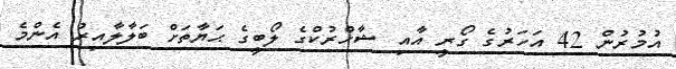
އުމުރުން 42 އަހަރުގެ ގޯރީ އާއި ޝާހްރުކްގެ ލޯބީގެ ޙަޔާތަށް ބަލާލާއިރު އެންމެ